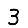
Digit: 3